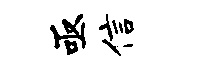
亟信